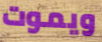
ويموت